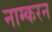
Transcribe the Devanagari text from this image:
नाम्करन